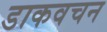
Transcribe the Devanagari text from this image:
डाकवचन